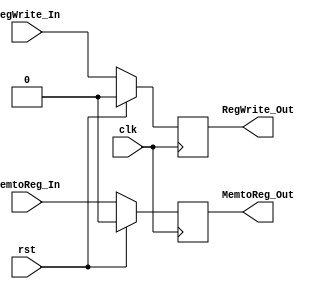
module MEM_WB_Control(
 output reg MemtoReg_Out,
 output reg RegWrite_Out,
 input clk,
 input rst,
 input MemtoReg_In,
 input RegWrite_In
);

always@(posedge clk) begin
if(rst==1) begin
 MemtoReg_Out <= 0;
 RegWrite_Out <= 0;
end

else begin
 MemtoReg_Out <= MemtoReg_In;
 RegWrite_Out <= RegWrite_In;
end

end

endmodule